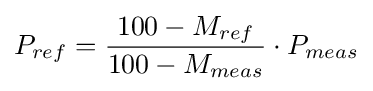
P_{ref}={\frac {100-M_{ref}}{100-M_{meas}}}\cdot P_{meas}